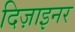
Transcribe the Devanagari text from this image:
दिज़ाइनर